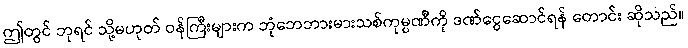
ဤတွင် ဘုရင် သို့မဟုတ် ဝန်ကြီးများက ဘုံဘေဘားမားသစ်ကုမ္ပဏီကို ဒဏ်ငွေဆောင်ရန် တောင်း ဆိုသည်။